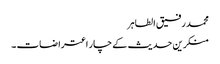
محمد رفیق الطاہر
منکرین حدیث کے چار اعتراضات ۔